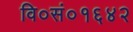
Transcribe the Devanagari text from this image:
वि०सं०१६४२